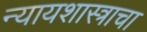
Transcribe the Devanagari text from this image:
न्यायशास्त्राचा